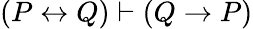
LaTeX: (P\leftrightarrow Q)\vdash(Q\to P)